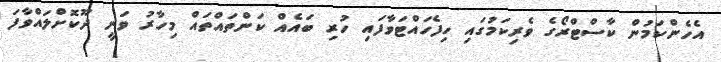
އެހެންކަމުން ކާސްޓްރޯގެ ވެރިކަމުގައި ހިފެހައްޓަވާފައި ހުރި ބައެއް ކަންތައްތައް މިހާރު ވަނީ ދޫކޮށްލައްވާފަ